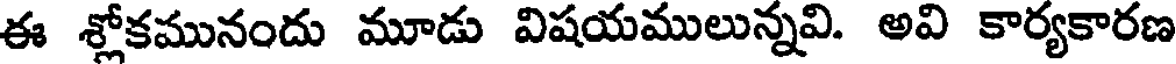
ఈ శ్లోకమునందు మూడు విషయములున్నవి. అవి కార్యకారణ